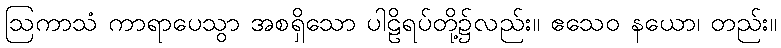
ဩကာသံ ကာရာပေသွာ အစရှိသော ပါဠိရပ်တို့၌လည်း။ ဧသေဝ နယော၊ တည်း။